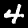
Digit: 4